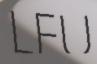
LFU